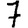
Digit: 7